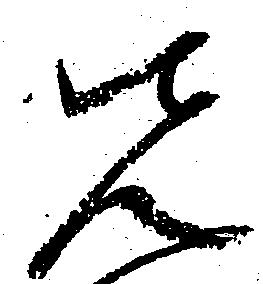
先